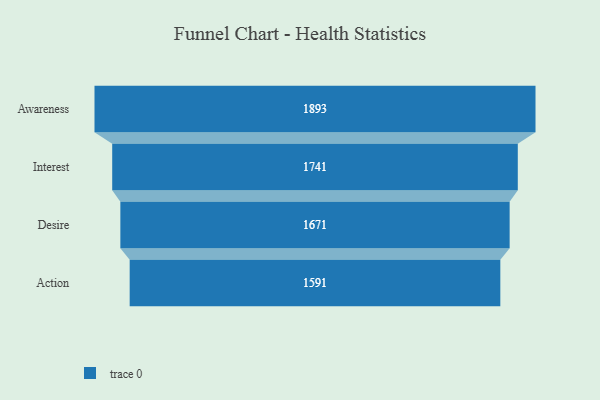
{"axis": {"x": "Stage", "y": "Value"}, "legend": [""], "data": [{"x": "Awareness", "y": 1893.0, "type": ""}, {"x": "Interest", "y": 1741.0, "type": ""}, {"x": "Desire", "y": 1671.0, "type": ""}, {"x": "Action", "y": 1591.0, "type": ""}]}